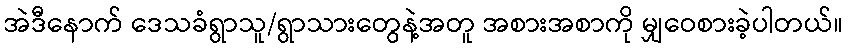
အဲဒီနောက် ဒေသခံရွာသူ/ရွာသားတွေနဲ့အတူ အစားအစာကို မျှဝေစားခဲ့ပါတယ်။